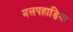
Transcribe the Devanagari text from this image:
मलपहाड़िया